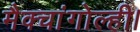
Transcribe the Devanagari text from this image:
मैक्चांगोल्ही।